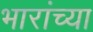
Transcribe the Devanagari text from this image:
भारांच्या